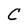
Character: C